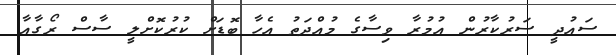
ސައުދީ ސަރުކާރުން އުމުރާ ވިސާގެ މުއްދަތު އެހާ ބޮޑަށް ކުރުކޮށްލީ ސާސް ރޯގާއާ